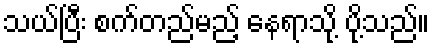
သယ်ပြီး စက်တည်မည့် နေရာသို့ ပို့သည်။